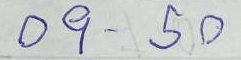
09 - 50